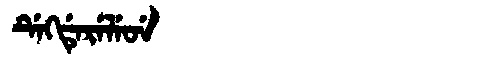
Manchu: ᡩᡝᡴᡩᡝᡵᡝᠯᡝᠣᡝ
Romanization: DEKDERELEOE